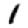
Digit: 1